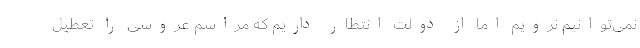
نمی‌توانیم نرویم اما از دولت انتظار داریم که مراسم عروسی را تعطیل